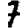
Digit: 7